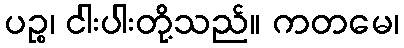
ပဉ္စ၊ ငါးပါးတို့သည်။ ကတမေ၊